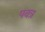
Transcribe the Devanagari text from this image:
पवत्र